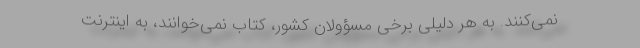
نمی‌کنند. به هر دلیلی برخی مسؤولان کشور، کتاب نمی‌خوانند، به اینترنت